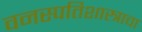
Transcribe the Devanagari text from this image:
वनस्पतिशास्त्राचा